Report on plague and inoculation in the Punjab from October 1st ... to September 30th..., being the ... season of plague in the province
Disease focus: Plague
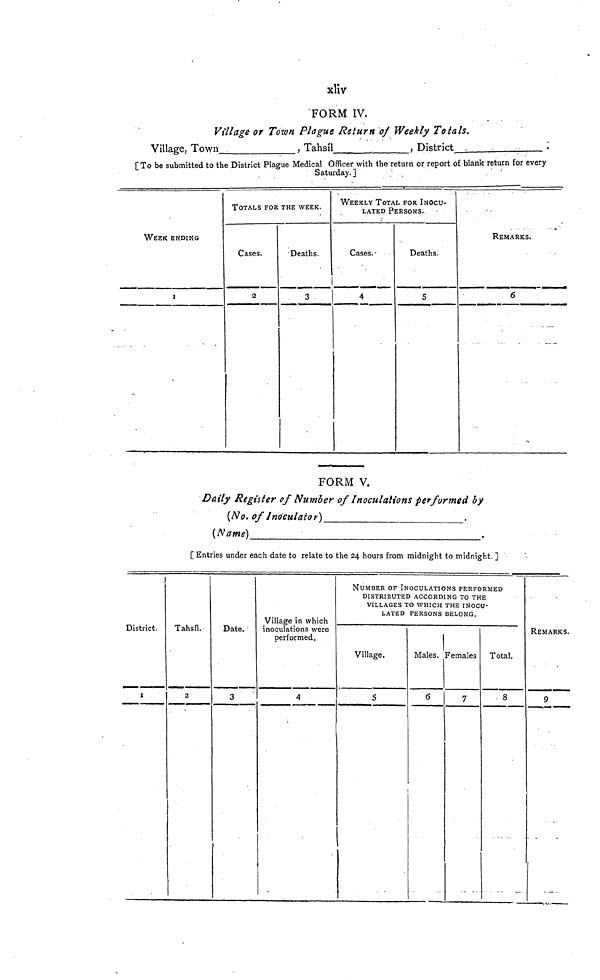
xliv
FORM IV.
Village or Town Plague Return of Weekly Totals.
Village, Town
, Tahsil
.
, District
.
[To be submitted to the District Plague Medical Officer with the return or report of blank return for every
Saturday. 1
WEEK ENDING
I
TOTALS FOR THE WEEK.
Cases.
2
Deaths.
3
WEEKLY TOTAL FOR INOCU-
LATED PERSONS.
Cases.'
4
Deaths.
S
REMARKS.
6
FORM V.
Daily Register of Number of Inoculations performed by
(No. of Inoculator)
.
(Name)
.
[ Entries under each date to relate to the 24 hours from midnight to midnight. ]
District.
Tahsil.
2
Date.
3
Village in which
inoculations were
performed.
4
NUMBER OF INOCULATIONS PERFORMED
DISTRIBUTED ACCORDING TO THE
VILLAGES TO WHICH THE INOCU-
LATED PERSONS BELONG.
Village.
5
Males.
6
females
7
Total.
8
REMARKS.
9